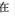
在